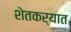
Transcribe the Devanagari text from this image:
शेतकर्यात